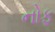
નોફ